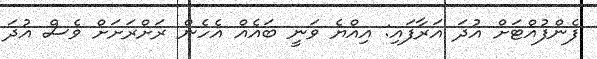
ފެންފުއްޓަށް އުދަ އަރާފައި: އިއްޔެ ވަނީ ބައެއް އެހެން ރަށްރަށަށް ވެސް އުދަ